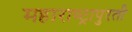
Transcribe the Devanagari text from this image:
महाराष्ट्रापुरती